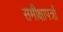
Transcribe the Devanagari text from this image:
समीक्षापत्रों